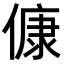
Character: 𬿛